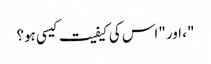
"، اور "اس کی کیفیت کیسی ہو؟